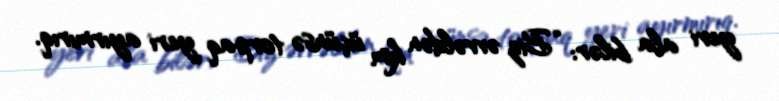
yeri ala bilər: “Biz əvvəldən kim üçünsə torpaq yeri ayırmırıq.